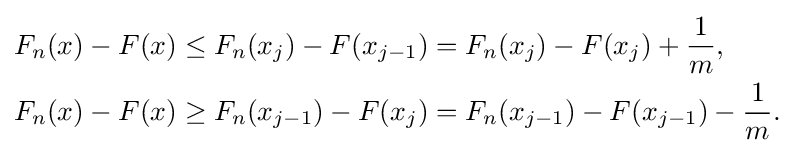
{\begin{aligned}F_{n}(x)-F(x)&\leq F_{n}(x_{j})-F(x_{j-1})=F_{n}(x_{j})-F(x_{j})+{\frac {1}{m}},\\F_{n}(x)-F(x)&\geq F_{n}(x_{j-1})-F(x_{j})=F_{n}(x_{j-1})-F(x_{j-1})-{\frac {1}{m}}.\end{aligned}}